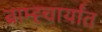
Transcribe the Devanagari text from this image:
ब्राम्ह्चार्यांत